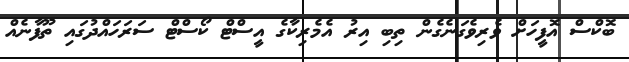
ބޮކްސް އޮފީހަށް ވެރިވެގަނެގެން ތިބި އިރު އެމެރިކާގެ އީސްޓް ކޯސްޓް ސަރަހައްދުގައި ތޫފާނެއް